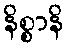
နိစ္စာနိ